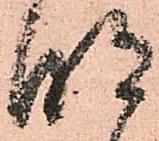
明